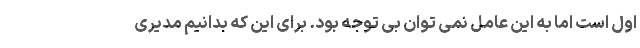
اول است اما به این عامل نمی توان بی توجه بود. برای این که بدانیم مدیری